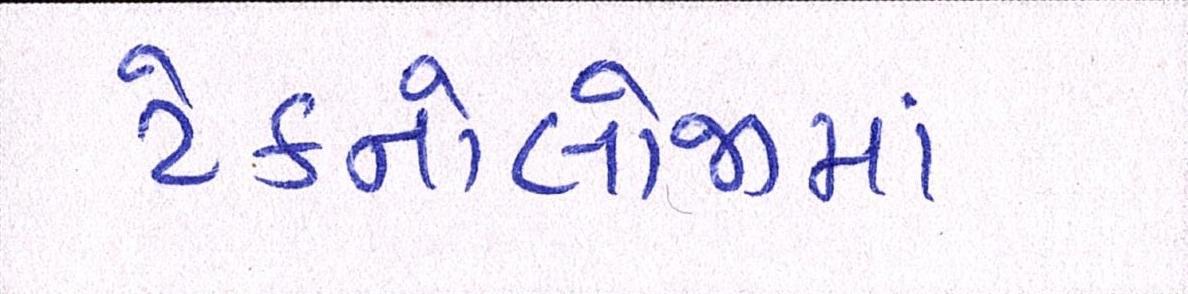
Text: ટેક્નોલોજીમાં